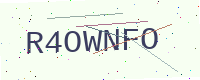
Text: R4OWNFO